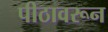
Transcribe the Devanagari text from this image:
पीठावरून